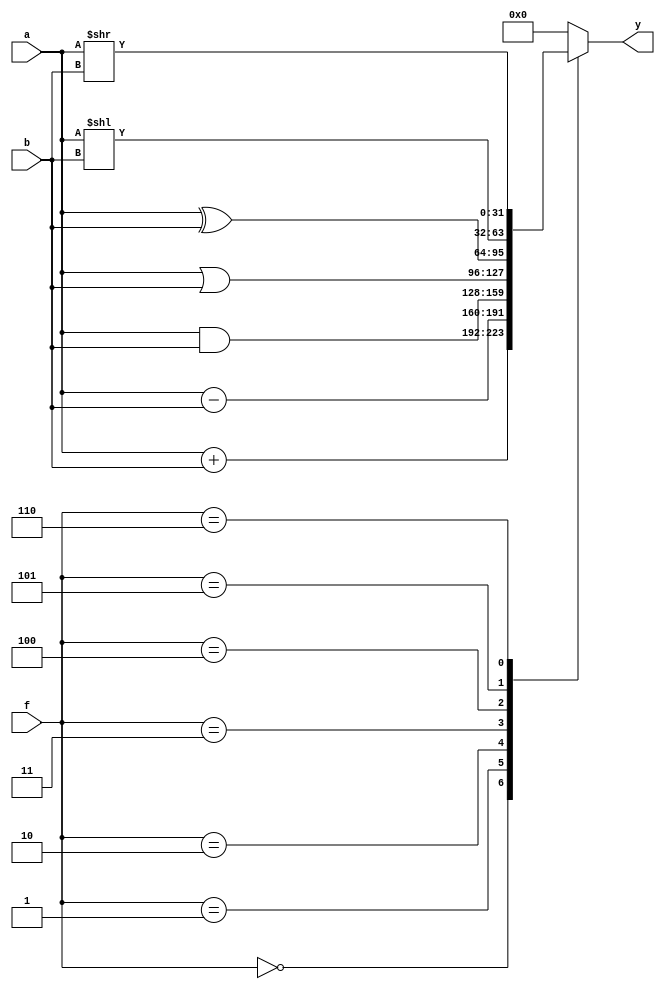
`timescale 1ns / 1ps
module alu//don't need to output z (signal of zero)
#(parameter WIDTH = 32)
(
input [WIDTH-1:0] a, b,	//
input [2:0] f,			//
output reg [WIDTH-1:0] y 	//
);

always@(*)
begin
    case(f)
        3'b000: y=a+b;
        3'b001: y=a-b;
        3'b010: y=a&b;
        3'b011: y=a|b;
        3'b100: y=a^b;
        3'b101: y=a<<b;
        3'b110: y=a>>b;
        default: y=32'b00000000_00000000_00000000_00000000;
    endcase
end
endmodule